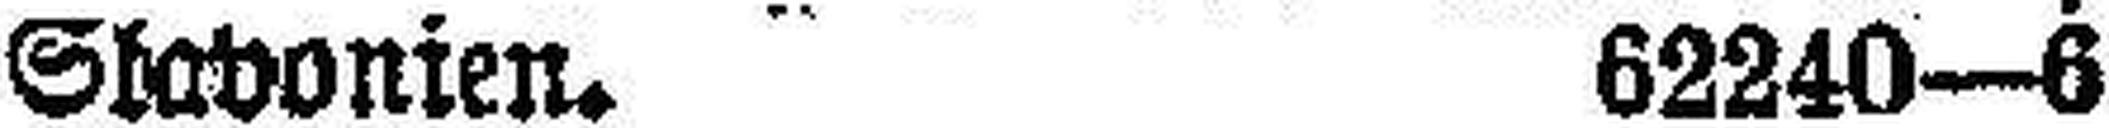
Stabonien. 62240—6